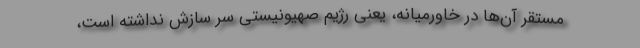
مستقر آن‌ها در خاورمیانه، یعنی رژیم صهیونیستی سر سازش نداشته است،